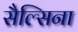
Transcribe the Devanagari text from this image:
सैल्सिना